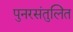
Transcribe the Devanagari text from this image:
पुनरसंतुलित